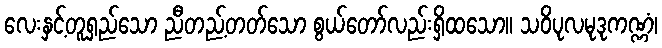
လေးနှင့်တူရှည်သော ညီတည့်တတ်သော စွယ်တော်လည်းရှိထသော။ သဝိပုလမုဒုကဏ္ဏံ၊